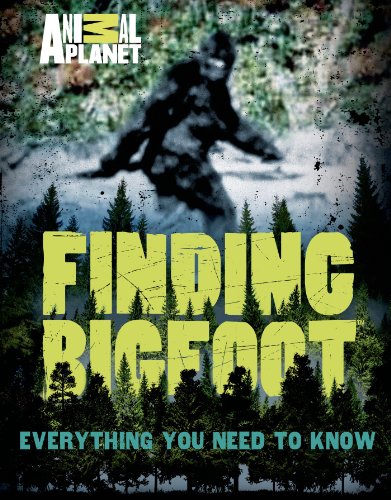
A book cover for Finding Bigfoot: Everything You Need to Know (Animal Planet); ANIMAL PLANET; Children's Books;